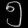
Digit: ၅